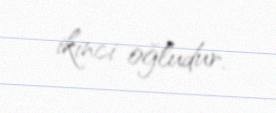
ikinci oğludur.